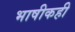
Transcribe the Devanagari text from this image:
भाषीकही